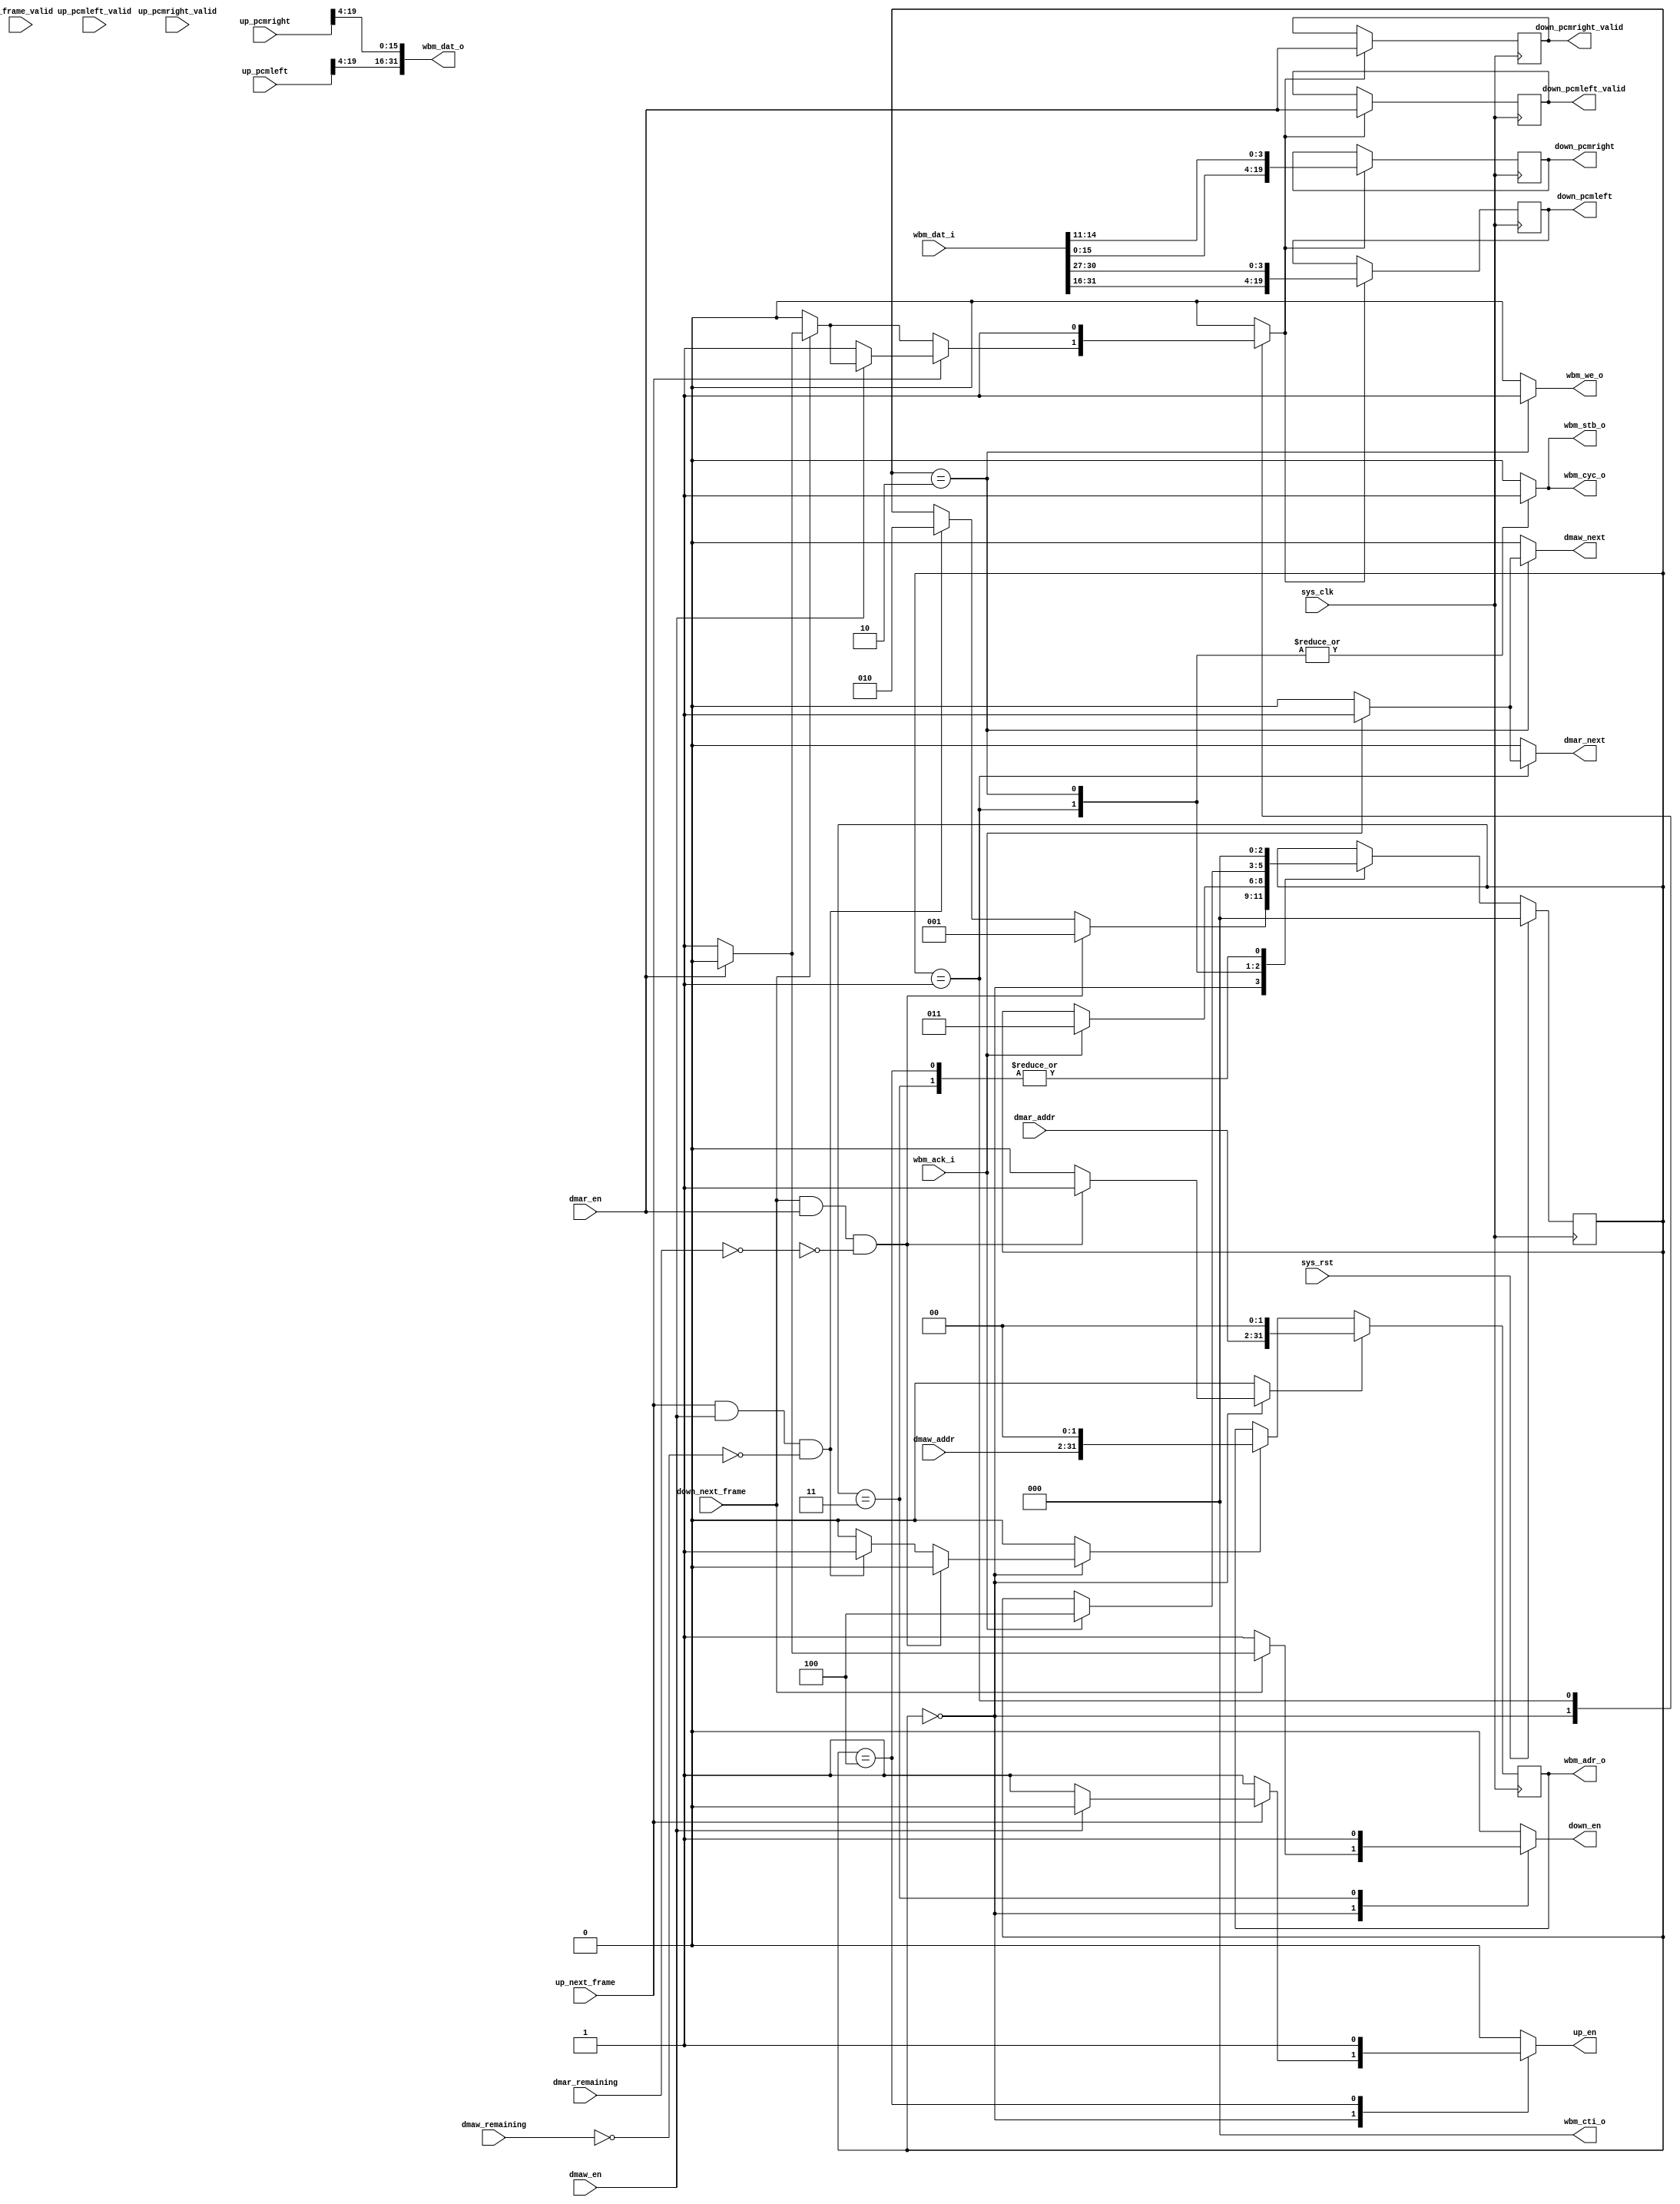
module ac97_dma(
	input sys_rst,
	input sys_clk,
	
	output reg [31:0] wbm_adr_o,
	output [2:0] wbm_cti_o,
	output reg wbm_we_o,
	output wbm_cyc_o,
	output wbm_stb_o,
	input wbm_ack_i,
	input [31:0] wbm_dat_i,
	output [31:0] wbm_dat_o,
	
	output reg down_en,
	input down_next_frame,
	output reg down_pcmleft_valid,
	output reg [19:0] down_pcmleft,
	output reg down_pcmright_valid,
	output reg [19:0] down_pcmright,
	
	output reg up_en,
	input up_next_frame,
	input up_frame_valid,
	input up_pcmleft_valid,
	input [19:0] up_pcmleft,
	input up_pcmright_valid,
	input [19:0] up_pcmright,
	
	/* in 32-bit words */
	input dmar_en,
	input [29:0] dmar_addr,
	input [15:0] dmar_remaining,
	output reg dmar_next,
	input dmaw_en,
	input [29:0] dmaw_addr,
	input [15:0] dmaw_remaining,
	output reg dmaw_next
);

assign wbm_cti_o = 3'd0;

reg wbm_strobe;
assign wbm_cyc_o = wbm_strobe;
assign wbm_stb_o = wbm_strobe;

reg load_read_addr;
reg load_write_addr;
always @(posedge sys_clk) begin
	if(load_read_addr)
		wbm_adr_o <= {dmar_addr, 2'b00};
	else if(load_write_addr)
		wbm_adr_o <= {dmaw_addr, 2'b00};
end

reg load_downpcm;
always @(posedge sys_clk) begin
	if(load_downpcm) begin
		down_pcmleft_valid <= dmar_en;
		down_pcmright_valid <= dmar_en;
		down_pcmleft <= {wbm_dat_i[31:16], wbm_dat_i[30:27]};
		down_pcmright <= {wbm_dat_i[15:0], wbm_dat_i[14:11]};
	end
end

assign wbm_dat_o = {up_pcmleft[19:4], up_pcmright[19:4]};

reg [2:0] state;
reg [2:0] next_state;

parameter IDLE		= 3'd0;
parameter DMAR		= 3'd1;
parameter DMAW		= 3'd2;
parameter NEXTDFRAME	= 3'd3;
parameter NEXTUFRAME	= 3'd4;

wire dmar_finished = dmar_remaining == 16'd0;
wire dmaw_finished = dmaw_remaining == 16'd0;

always @(posedge sys_clk) begin
	if(sys_rst)
		state <= IDLE;
	else
		state <= next_state;
	//$display("state:%d->%d %b %b %b", state, next_state, down_next_frame, dmar_en, ~dmar_finished);
end

always @(*) begin
	next_state = state;

	wbm_strobe = 1'b0;
	load_read_addr = 1'b0;
	load_write_addr = 1'b0;
	wbm_we_o = 1'b0;
	down_en = 1'b0;
	up_en = 1'b0;
	
	dmar_next = 1'b0;
	dmaw_next = 1'b0;
	
	load_downpcm = 1'b0;
	
	case(state)
		IDLE: begin
			down_en = 1'b1;
			up_en = 1'b1;
			
			if(down_next_frame) begin
			 	if(dmar_en)
					down_en = 1'b0;
				else
					load_downpcm = 1'b1;
			end
			if(up_next_frame) begin
				if(dmaw_en)
					up_en = 1'b0;
				else
					load_downpcm = 1'b1;
			end
			
			if(down_next_frame & dmar_en & ~dmar_finished) begin
				load_read_addr = 1'b1;
				next_state = DMAR;
			end else if(up_next_frame & dmaw_en & ~dmaw_finished) begin
				load_write_addr = 1'b1;
				next_state = DMAW;
			end
		end
		DMAR: begin
			wbm_strobe = 1'b1;
			load_downpcm = 1'b1;
			if(wbm_ack_i) begin
				dmar_next = 1'b1;
				next_state = NEXTDFRAME;
			end
		end
		DMAW: begin
			wbm_strobe = 1'b1;
			wbm_we_o = 1'b1;
			if(wbm_ack_i) begin
				dmaw_next = 1'b1;
				next_state = NEXTUFRAME;
			end
		end
		NEXTDFRAME: begin
			down_en = 1'b1;
			next_state = IDLE;
		end
		NEXTUFRAME: begin
			up_en = 1'b1;
			next_state = IDLE;
		end
	endcase
end

endmodule